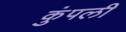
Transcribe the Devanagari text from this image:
कुंपली